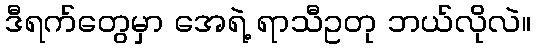
ဒီရက်တွေမှာ အေရဲ့ ရာသီဥတု ဘယ်လိုလဲ။